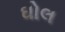
ઘોલ